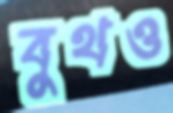
বুথও